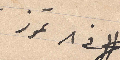
في ٨ تموز